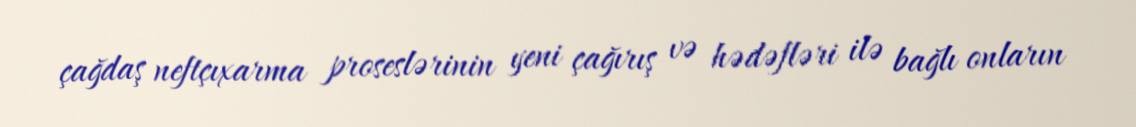
çağdaş neftçıxarma proseslərinin yeni çağırış və hədəfləri ilə bağlı onların